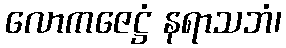
လောကဇေဋ္ဌံ နရာသဘံ၊